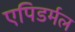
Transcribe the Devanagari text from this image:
एपिडर्मल